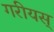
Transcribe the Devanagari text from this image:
गरीयस्‌